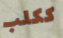
ككلب